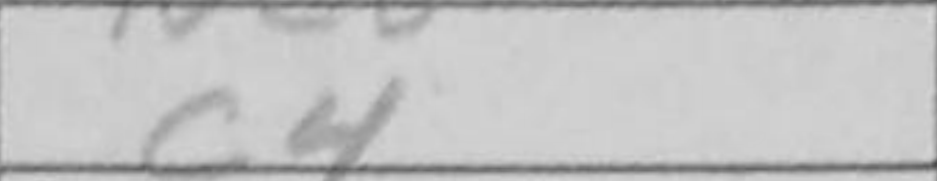
Transcription: c4